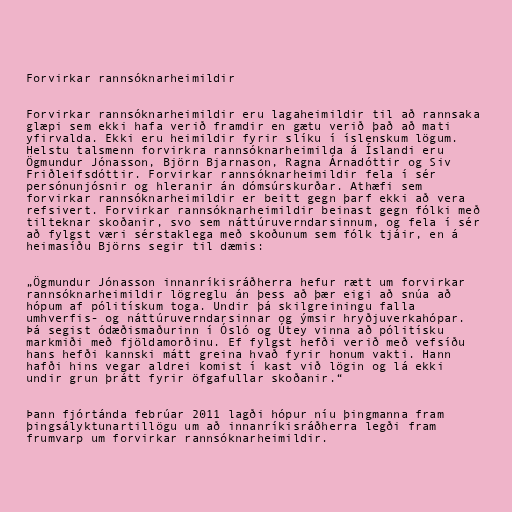
Forvirkar rannsóknarheimildir

Forvirkar rannsóknarheimildir eru lagaheimildir til að rannsaka
glæpi sem ekki hafa verið framdir en gætu verið það að mati
yfirvalda. Ekki eru heimildir fyrir slíku í íslenskum lögum.
Helstu talsmenn forvirkra rannsóknarheimilda á Íslandi eru
Ögmundur Jónasson, Björn Bjarnason, Ragna Árnadóttir og Siv
Friðleifsdóttir. Forvirkar rannsóknarheimildir fela í sér
persónunjósnir og hleranir án dómsúrskurðar. Athæfi sem
forvirkar rannsóknarheimildir er beitt gegn þarf ekki að vera
refsivert. Forvirkar rannsóknarheimildir beinast gegn fólki með
tilteknar skoðanir, svo sem náttúruverndarsinnum, og fela í sér
að fylgst væri sérstaklega með skoðunum sem fólk tjáir, en á
heimasíðu Björns segir til dæmis:

„Ögmundur Jónasson innanríkisráðherra hefur rætt um forvirkar
rannsóknarheimildir lögreglu án þess að þær eigi að snúa að
hópum af pólitískum toga. Undir þá skilgreiningu falla
umhverfis- og náttúruverndarsinnar og ýmsir hryðjuverkahópar.
Þá segist ódæðismaðurinn í Ósló og Útey vinna að pólitísku
markmiði með fjöldamorðinu. Ef fylgst hefði verið með vefsíðu
hans hefði kannski mátt greina hvað fyrir honum vakti. Hann
hafði hins vegar aldrei komist í kast við lögin og lá ekki
undir grun þrátt fyrir öfgafullar skoðanir.“

Þann fjórtánda febrúar 2011 lagði hópur níu þingmanna fram
þingsályktunartillögu um að innanríkisráðherra legði fram
frumvarp um forvirkar rannsóknarheimildir.